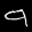
Label: 9